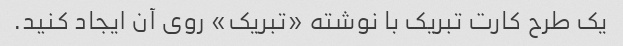
یک طرح کارت تبریک با نوشته «تبریک» روی آن ایجاد کنید.